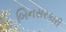
બિનસરકારી